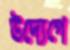
উদ্যেগে